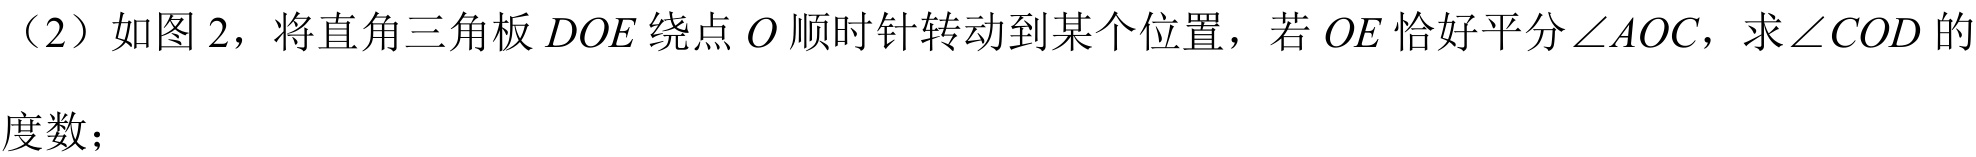
（2）如图 2，将直角三角板 \(DOE\) 绕点 \(O\) 顺时针转动到某个位置，若 \(OE\) 恰好平分 \(\angle AOC\)，求 \(\angle COD\) 的
度数；